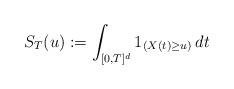
LaTeX: \begin{align*}S_T(u) := \int_{[0, T]^d} 1_{(X(t)\ge u)}\,dt\end{align*}